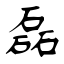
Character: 磊